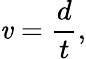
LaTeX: \mathit{v}={\frac{{d}}{{t}}},